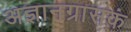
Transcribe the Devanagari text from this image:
अज्ञानग्रासकं